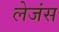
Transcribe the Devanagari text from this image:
लेजंस